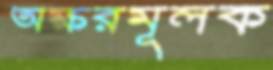
অক্ষরমূলক